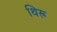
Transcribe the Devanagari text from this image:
थिरू